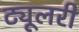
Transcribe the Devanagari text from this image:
ट्यूलरी